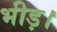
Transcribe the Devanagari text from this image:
भीड़।